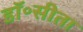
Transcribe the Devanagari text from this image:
डॉ॰सीता